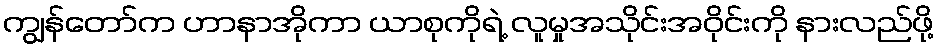
ကျွန်တော်က ဟာနာအိုကာ ယာစုကိုရဲ့ လူမှုအသိုင်းအဝိုင်းကို နားလည်ဖို့